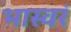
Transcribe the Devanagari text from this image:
भास्वरं